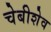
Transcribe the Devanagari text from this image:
चेबीशेव